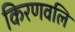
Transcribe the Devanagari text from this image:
किरणवलि